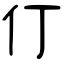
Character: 仃